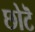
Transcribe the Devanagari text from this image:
छोटॆ